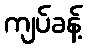
ကျပ်ခန့်